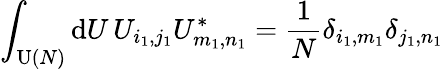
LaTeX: \int_{\operatorname{U}(N)}\mathrm{d}U\, U_{i_{1},j_{1}}U_{m_{1},n_{1}}^{*}=\frac{1}{N}\delta_{i_{1},m_{1}}\delta_{j_{1},n_{1}}